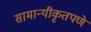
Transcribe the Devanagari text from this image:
सामान्यीकृतपणे